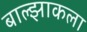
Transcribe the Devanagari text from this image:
बाल्झाकला